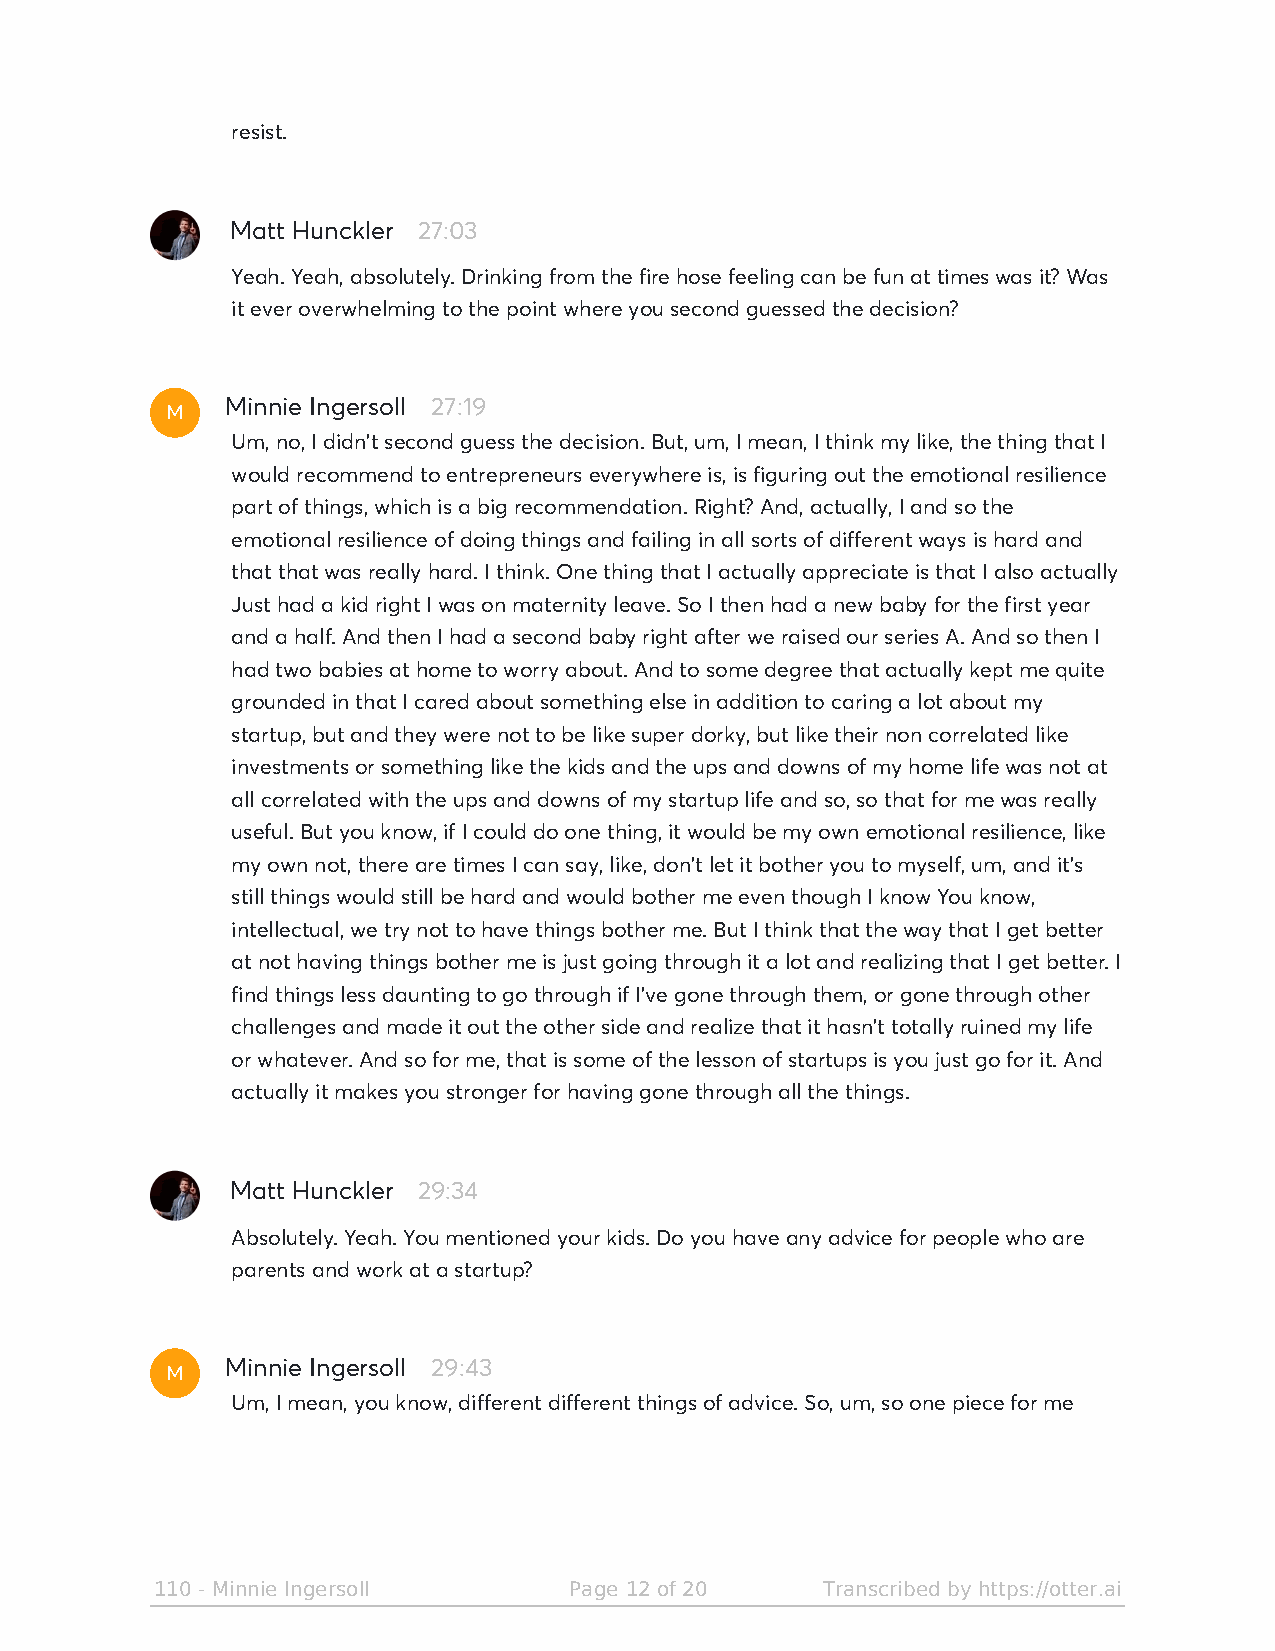
resist.
 Matt Hunckler 27:03
 Yeah. Yeah, absolutely. Drinking from the fire hose feeling can be fun at times was it? Was
 it ever overwhelming to the point where you second guessed the decision?
 M
 Minnie Ingersoll 27:19
 Um, no, I didn't second guess the decision. But, um, I mean, I think my like, the thing that I
 would recommend to entrepreneurs everywhere is, is figuring out the emotional resilience
 part of things, which is a big recommendation. Right? And, actually, I and so the
 emotional resilience of doing things and failing in all sorts of different ways is hard and
 that that was really hard. I think. One thing that I actually appreciate is that I also actually
 Just had a kid right I was on maternity leave. So I then had a new baby for the first year
 and a half. And then I had a second baby right after we raised our series A. And so then I
 had two babies at home to worry about. And to some degree that actually kept me quite
 grounded in that I cared about something else in addition to caring a lot about my
 startup, but and they were not to be like super dorky, but like their non correlated like
 investments or something like the kids and the ups and downs of my home life was not at
 all correlated with the ups and downs of my startup life and so, so that for me was really
 useful. But you know, if I could do one thing, it would be my own emotional resilience, like
 my own not, there are times I can say, like, don't let it bother you to myself, um, and it's
 still things would still be hard and would bother me even though I know You know,
 intellectual, we try not to have things bother me. But I think that the way that I get better
 at not having things bother me is just going through it a lot and realizing that I get better. I
 find things less daunting to go through if I've gone through them, or gone through other
 challenges and made it out the other side and realize that it hasn't totally ruined my life
 or whatever. And so for me, that is some of the lesson of startups is you just go for it. And
 actually it makes you stronger for having gone through all the things.
 Matt Hunckler 29:34
 Absolutely. Yeah. You mentioned your kids. Do you have any advice for people who are
 parents and work at a startup?
 M
 Minnie Ingersoll 29:43
 Um, I mean, you know, different different things of advice. So, um, so one piece for me
 110 - Minnie Ingersoll      Page 12 of 20   Transcribed by https://otter.ai